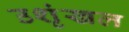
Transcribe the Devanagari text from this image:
उशृंखल